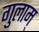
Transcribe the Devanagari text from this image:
गुलाम्